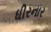
ધીરનાર